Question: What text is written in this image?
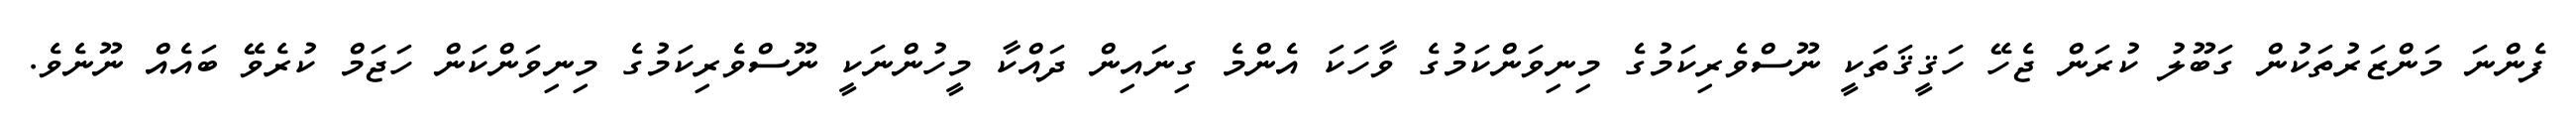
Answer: ފެންނަ މަންޒަރުތަކުން ގަބޫލު ކުރަން ޖެހޭ ހަޤީޤަތަކީ ނޫސްވެރިކަމުގެ މިނިވަންކަމުގެ ވާހަކަ އެންމެ ގިނައިން ދައްކާ މީހުންނަކީ ނޫސްވެރިކަމުގެ މިނިވަންކަން ހަޖަމް ކުރެވޭ ބައެއް ނޫނެވެ.